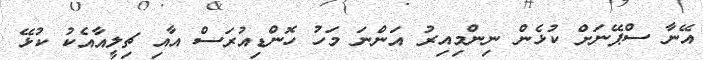
އޭނާ ސްޕޭނަށް ކުޅެން ނިންމިއިރު އަންނަ މަހު ހޮންޑިއުރަސް އާއި ޗިލީއާއެކު ކުޅޭ